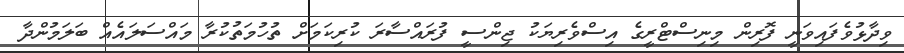
ވިދާޅުވެފައިވަނީ ފޮރިން މިނިސްޓްރީގެ އިސްވެރިޔަކު ޖިންސީ ފުރައްސާރަ ކުރިކަމަށް ތުހުމަތުކުރާ މައްސަލައެއް ބަލަމުންދާ